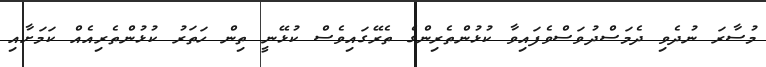
މުސާރަ ނުދެވި ދެމަސްދުވަސްވެފައިވާ ކުޅުންތެރިންގެ ތެރޭގައިވެސް ކުޅޭނީ ތިން ހަތަރު ކުޅުންތެރިއެއް ކަމަށާއި